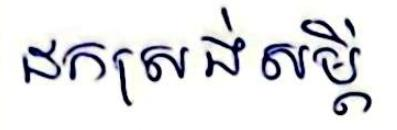
ដកស្រង់សម្ដី